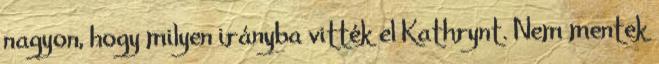
nagyon, hogy milyen irányba vitték el Kathrynt. Nem mentek